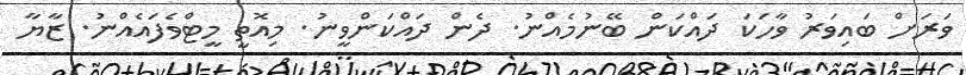
ވަރަށް ބައިވަރު ވާހަކަ ދައްކަން ބޭނުމެއްނު. ދެން ދައްކަންވީނު. މިއޮތީ މީޓްވެފައެއްނު. ޒާޔާ